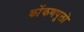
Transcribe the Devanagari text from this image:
कोंकणपुलो